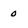
Character: 0